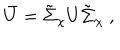
\bar { U } = \tilde { \Sigma } _ { \chi } U \tilde { \Sigma } _ { \chi } \ ,